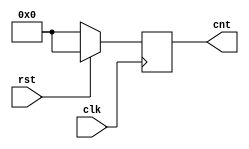
  //sequence 0,0,0,0,0,1,1,1,1,1,2,2,2,2,2......,5,5,5,5,5
module counter(clk,rst,cnt);
	input clk,rst;
	output reg [3:0]cnt;
	
	reg[3:0] icnt;
	
	wire[3:0] d1,d2,b1;
	
	always@(posedge clk) begin
		if(rst)		cnt<=0;
		else		cnt<=d1;
	end
	
	always@(posedge clk) begin
		if(rst)		icnt<=1;
		else		icnt<=d2;
	end
	
	`ifdef M1
	assign d1 = (icnt==5)? cnt+1:cnt;
	
	assign d2 = (icnt==5)?1:icnt+1;
	`endif
	
	`ifdef M2
	assign d1 = (icnt==5)? b1:cnt;
	
	assign b1 = (cnt==11)?0:cnt+1;		// this will decide till which value we want the cnt to repeat here it is 11
	
	assign d2 = (icnt==5)?1:icnt+1;
	`endif
	
endmodule